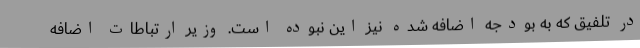
در تلفیق که به بودجه اضافه شده نیز این نبوده است. وزیر ارتباطات اضافه